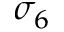
\sigma _ { 6 }